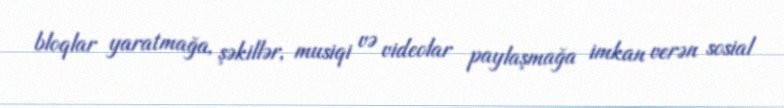
bloqlar yaratmağa, şəkillər, musiqi və videolar paylaşmağa imkan verən sosial